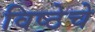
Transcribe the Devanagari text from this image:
विष्ठेचे